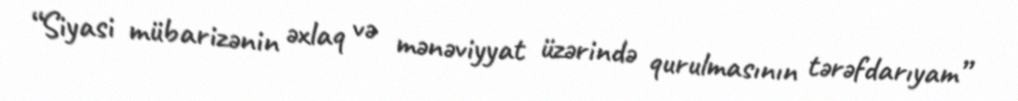
“Siyasi mübarizənin əxlaq və mənəviyyat üzərində qurulmasının tərəfdarıyam”